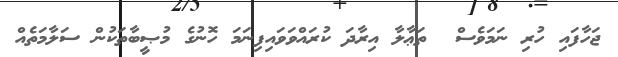
ޖަހާފައި ހުރި ނަމަވެސް  ތަޢާލާ އިރާދަ ކުރައްވަވައިފިނަމަ ހޮނުގެ މުޞީބާތަކުން ސަލާމަތެއް